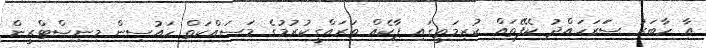
އާ ހާބަރު ސަަރަހައްދު ކެފޭތައް ކުރިމަތީގައި ޕާކެއް ތަރައްގީކުރުމުގެ މަސައްކަތް ހައުސިން މިނިސްޓްރީން